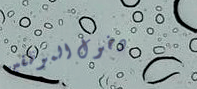
دخول الموظفين